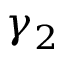
\gamma _ { 2 }